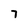
Character: 7